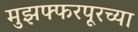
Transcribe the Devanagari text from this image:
मुझफ्फरपूरच्या